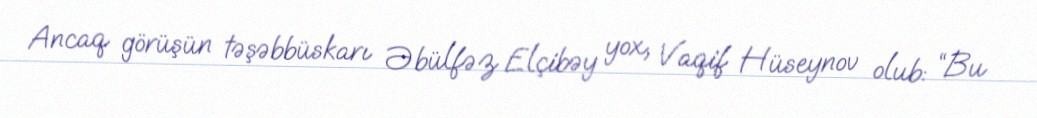
Ancaq görüşün təşəbbüskarı Əbülfəz Elçibəy yox, Vaqif Hüseynov olub: “Bu